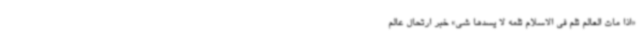
«اذا مات العالم ثلم فی الاسلام ثلمه لا یسدها شی» خبر ارتحال عالم